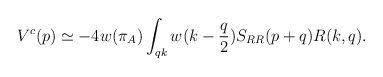
\begin{align*}V^c(p)\simeq -4w(\pi_A)\int_{qk}w(k-{q\over2})S_{RR}(p+q)R(k,q).\end{align*}